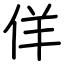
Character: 佯